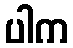
ပါက